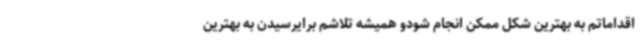
اقداماتم به بهترین شکل ممکن انجام شودو همیشه تلاشم برایرسیدن به بهترین